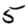
Digit: 5